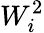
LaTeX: W_{i}^{2}